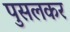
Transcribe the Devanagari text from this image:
पुसलकर